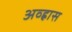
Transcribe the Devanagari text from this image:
अव्ह्रास